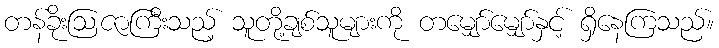
တန်ခိုးဩဇာကြီးသည့် သူတို့ချစ်သူများကို တမျှော်မျှော်နှင့် ရှိနေကြသည်။